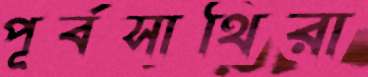
পূর্বসাথিরা